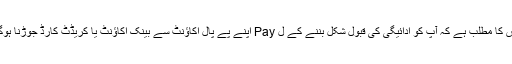
اس کا مطلب ہے کہ آپ کو ادائیگی کی قبول شکل بننے کے ل Pay اپنے پے پال اکاؤنٹ سے بینک اکاؤنٹ یا کریڈٹ کارڈ جوڑنا ہوگا۔